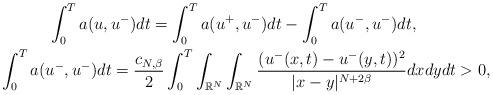
LaTeX: \begin{align*}&\quad\quad\quad\int_{0}^{T}a(u,u^{-})dt = \int_{0}^{T}a(u^{+},u^{-})dt - \int_{0}^{T}a(u^{-},u^{-})dt, \\&\int_{0}^{T}a(u^{-},u^{-})dt = \frac{c_{N,\beta}}{2}\int_{0}^{T}\int_{\mathbb{R}^{N}}\int_{\mathbb{R}^{N}}\frac{(u^{-}(x,t) - u^{-}(y,t))^{2}}{|x-y|^{N+2\beta}}dxdydt > 0,\end{align*}